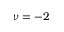
\nu = - 2